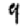
Digit: 9